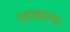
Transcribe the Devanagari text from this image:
महाकाव्य।